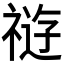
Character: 𰨊